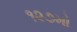
૧૨૭મો